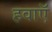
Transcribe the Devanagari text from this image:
हवाऍ